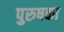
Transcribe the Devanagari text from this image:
पुरुषका